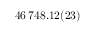
4 6 \, 7 4 8 . 1 2 ( 2 3 )